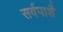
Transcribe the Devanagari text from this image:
सर्वपाशै